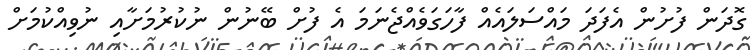
ގޮދަން ފުށުން އެފަދަ މައްސަލައެއް ފާހަގަވެއްޖެނަމަ އެ ފުށް ބޭނުން ނުކުރުމަށާއި ނުވިއްކުމަށް